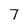
Character: 7